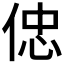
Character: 𠊞